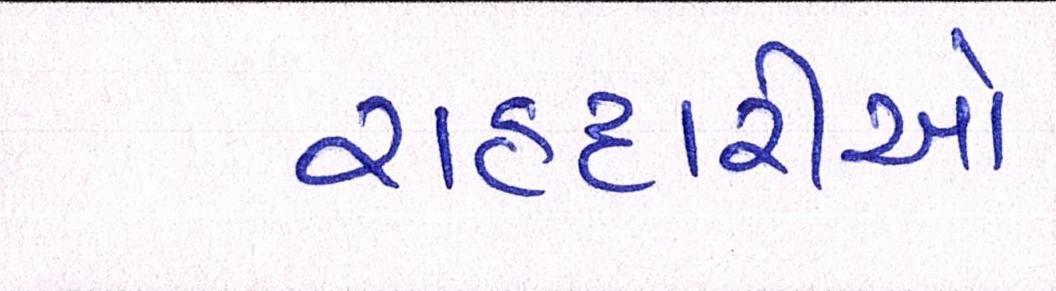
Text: રાહદારીઓ